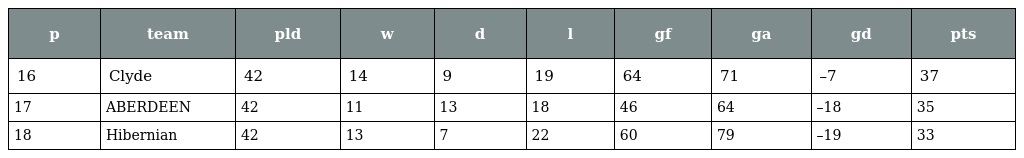
| p | team | pld | w | d | l | gf | ga | gd | pts |
 | --- | --- | --- | --- | --- | --- | --- | --- | --- | --- |
 | 16 | Clyde | 42 | 14 | 9 | 19 | 64 | 71 | –7 | 37 |
 | 17 | ABERDEEN | 42 | 11 | 13 | 18 | 46 | 64 | –18 | 35 |
 | 18 | Hibernian | 42 | 13 | 7 | 22 | 60 | 79 | –19 | 33 |